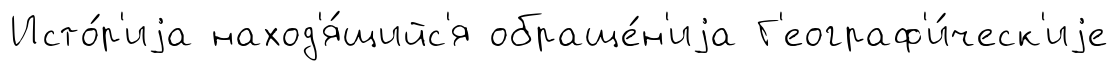
Исто́р'иjа наход'я́щийс'я обраще́н'иjа Г'еограф'и́ческ'иjе